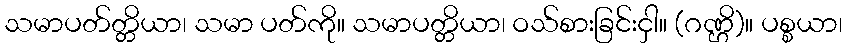
သမာပတ်တ္တိယာ၊ သမာ ပတ်ကို။ သမာပတ္တိယာ၊ ဝသ်စားခြင်းငှါ။ (ဂဏ္ဌိ)။ ပစ္စယာ၊